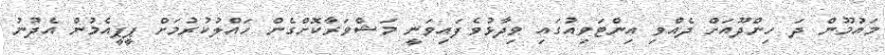
މައުމޫން ދަ ހިންދޫއަށް ދެއްވި އިންޓަވިއުގައި ވިދާޅުވެފައިވަނީ މަޝްވަރާކޮށްގެން ހައްލުކުރުމަށް ޕީޕީއެމުން އެދުނު